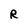
Character: R